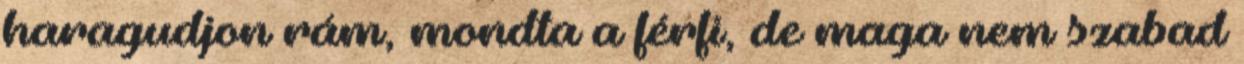
haragudjon rám, mondta a férfi, de maga nem szabad